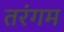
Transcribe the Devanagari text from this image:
तरंगम